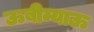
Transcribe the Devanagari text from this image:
ऊबीम्याऊ